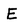
Character: E